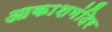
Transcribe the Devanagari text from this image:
आकाशमंदिर